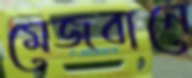
মেজবানে